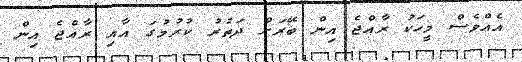
އެއްވެސް މީހަކު ރާއްޖެ އިން ބޭރަށް ދަތުރު ކުރުމުގަ އާއި ރާއްޖެ އިން